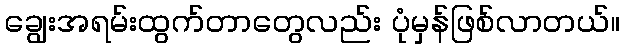
ချွေးအရမ်းထွက်တာတွေလည်း ပုံမှန်ဖြစ်လာတယ်။